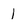
Character: 1